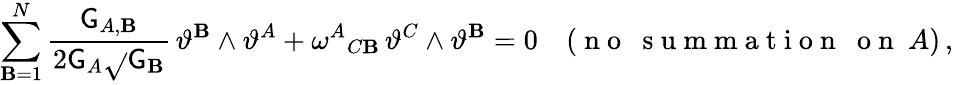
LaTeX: \sum_{\mathbf{B}=1}^{N}\frac{{\mathsf{{G}}_{A,\mathbf{B}}}}{{2\mathsf{{G}}_{A}\sqrt{}{{\mathsf{{G}}_{\mathbf{B}}}}}}\, \vartheta^{\mathbf{B}}\wedge\vartheta^{A}+\omega^{A}{}_{C\mathbf{B}}\, \vartheta^{C}\wedge\vartheta^{\mathbf{B}}=0\quad(\mathrm{{~n~o~~~s~u~m~m~a~t~i~o~n~~~o~n~}}~A)\, ,